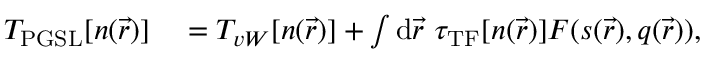
\begin{array} { r l } { T _ { \mathrm { P G S L } } [ n ( \vec { r } ) ] } & { { } = T _ { v W } [ n ( \vec { r } ) ] + \int { \mathrm { d } } \vec { r } ~ \tau _ { \mathrm { T F } } [ n ( \vec { r } ) ] F ( s ( \vec { r } ) , q ( \vec { r } ) ) , } \end{array}